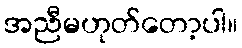
အညီမဟုတ်တော့ပါ။